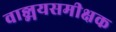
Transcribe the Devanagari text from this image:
वाङ्मयसमीक्षक